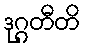
ဒုဂ္ဂတီတိ